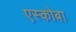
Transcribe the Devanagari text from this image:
एस्कोबा